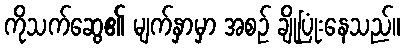
ကိုသက်ဆွေ၏ မျက်နှာမှာ အစဉ် ချိုပြုံးနေသည်။